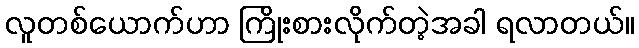
လူတစ်ယောက်ဟာ ကြိုးစားလိုက်တဲ့အခါ ရလာတယ်။